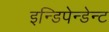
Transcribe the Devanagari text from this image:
इन्डिपेन्डेन्ट